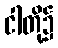
ငါတို့၌